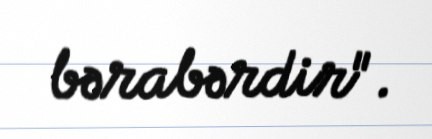
bərabərdir".